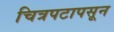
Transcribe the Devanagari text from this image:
चित्रपटापसून